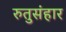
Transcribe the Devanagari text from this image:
रुतुसंहार